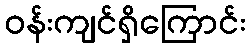
ဝန်းကျင်ရှိကြောင်း